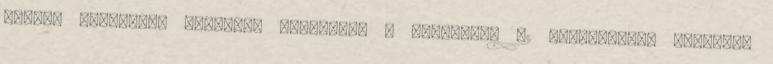
vezetô beosztású elméleti szakember a speciális 62 szaktudásra alapozva